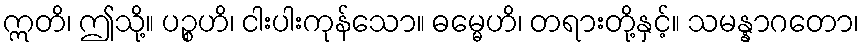
ဣတိ၊ ဤသို့။ ပဉ္စဟိ၊ ငါးပါးကုန်သော။ ဓမ္မေဟိ၊ တရားတို့နှင့်။ သမန္နာဂတော၊